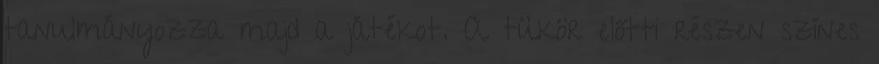
tanulmányozza majd a játékot. A tükör előtti részen színes